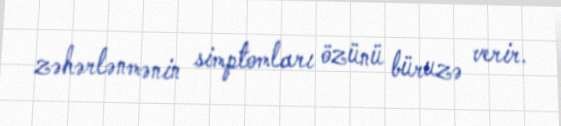
zəhərlənmənin simptomları özünü büruzə verir.